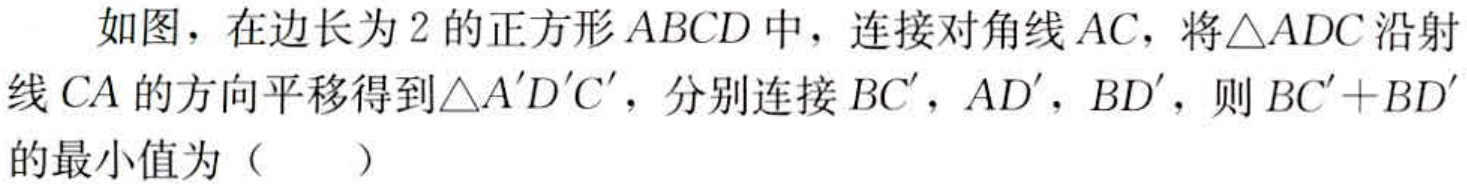
如图，在边长为\(2\)的正方形\(ABCD\)中，连接对角线\(AC\)，将\(\triangle ADC\)沿射线\(CA\)的方向平移得到\(\triangle A'D'C'\)，分别连接\(BC'\)，\(AD'\)，\(BD'\)，则\(BC'+BD'\)的最小值为（  ）